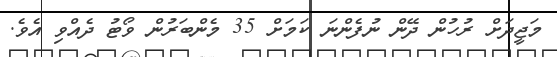
މަޖީދަށް ރުހުން ދޭން ނުފެންނަ ކަމަށް 35 މެންބަރުން ވޯޓު ދެއްވި އެވެ.